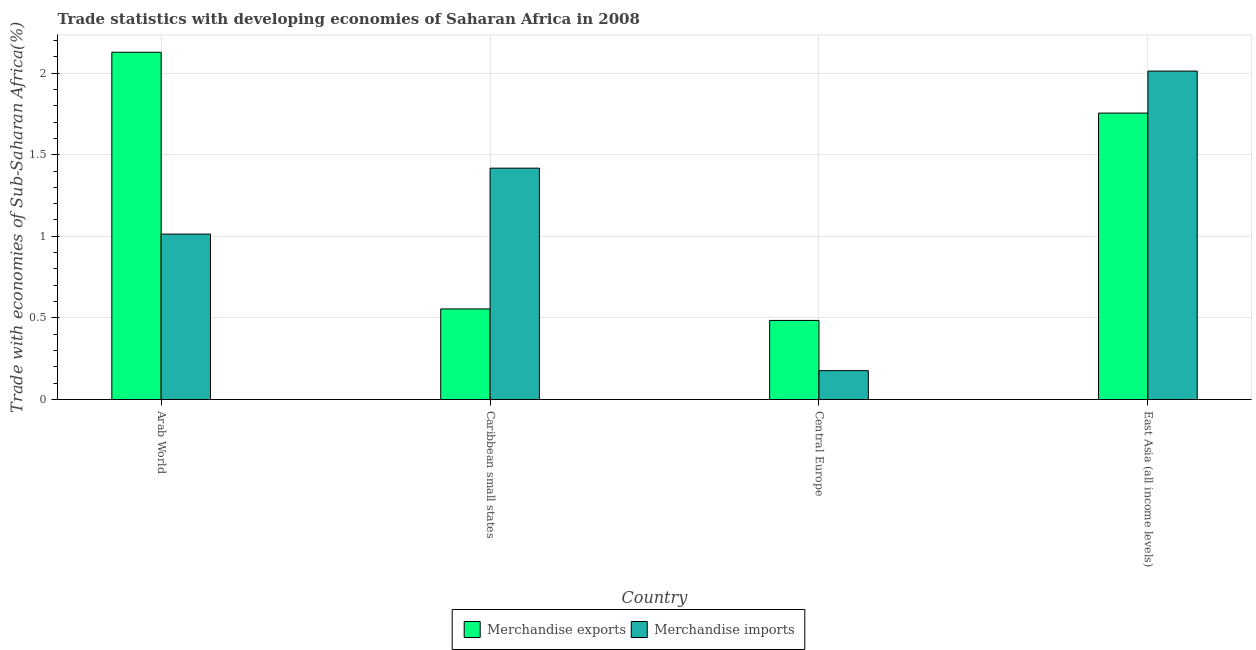
| Country | Merchandise exports | Merchandise imports |
 | --- | --- | --- |
 | Arab World | 2.13 | 1.01 |
 | Caribbean small states | 0.555 | 1.42 |
 | Central Europe | 0.485 | 0.177 |
 | East Asia (all income levels) | 1.75 | 2.01 |